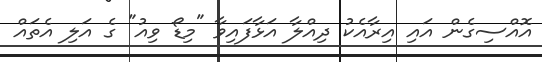
އޮއްސިގެން އައި އިރާއެކު ދިއްލާ އަޅާފައިވާ "މިޑޯ ވިއު" ގެ އަލި އެތައް